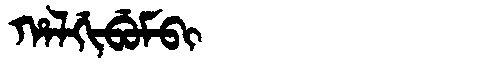
Manchu: ᡥᠠᠯᡤᡳᠪᡠᠮᠪᡳ
Romanization: HALGIBUMBI